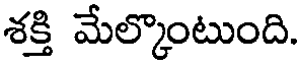
శక్తి మేల్కొంటుంది.